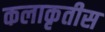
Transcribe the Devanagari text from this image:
कलाकृतीस